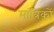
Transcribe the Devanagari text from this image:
मांत्रिकों